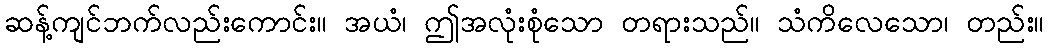
ဆန့်ကျင်ဘက်လည်းကောင်း။ အယံ၊ ဤအလုံးစုံသော တရားသည်။ သံကိလေသော၊ တည်း။